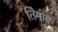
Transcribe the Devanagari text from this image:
तिमोग